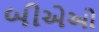
બીએઓ